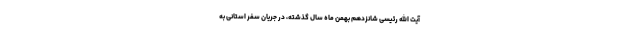
آیت الله رئیسی شانزدهم بهمن ماه سال گذشته، در جریان سفر استانی به